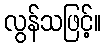
လွန်သဖြင့်။